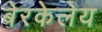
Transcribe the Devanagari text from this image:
बेरकेलेय